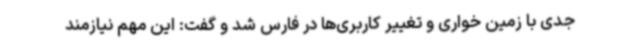
جدی با زمین خواری و تغییر کاربری‌ها در فارس شد و گفت: این مهم نیازمند